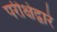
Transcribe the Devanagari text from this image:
परीक्षेद्वारे